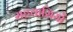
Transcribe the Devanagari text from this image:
सहवासियों